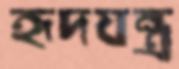
হৃদযন্ত্র